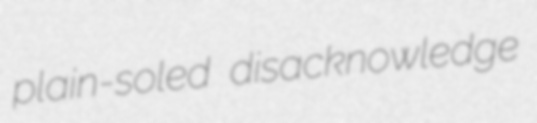
plain-soled disacknowledge